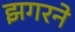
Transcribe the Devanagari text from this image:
झगरने